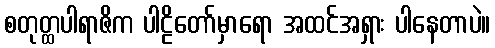
စတုတ္ထပါရာဇိက ပါဠိတော်မှာရော အထင်အရှား ပါနေတာပဲ။